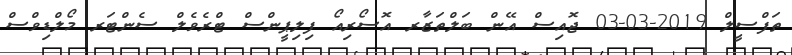
ތަފްސީލް 2019-03-03 ޖޮއިސް އޭން ބަލްތަޒާރ އޮސޯރިއޯ ފިލިޕީންސް ޓްރެވެލް ސެންޓަރ މޯލްޑިވްސް